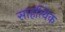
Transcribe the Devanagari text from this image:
साहत्यिक